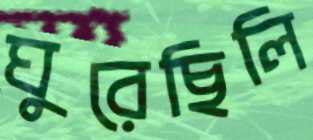
ঘুরেছিলি